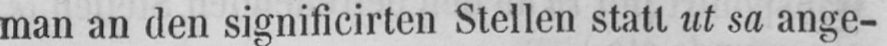
man an den significirten Stellen statt ut sa ange-